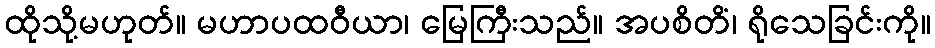
ထိုသို့မဟုတ်။ မဟာပထဝီယာ၊ မြေကြီးသည်။ အပစိတိံ၊ ရိုသေခြင်းကို။